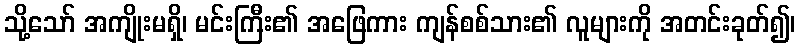
သို့သော် အကျိုးမရှိ၊ မင်းကြီး၏ အဖြေကား ကျန်စစ်သား၏ လူများကို အတင်းခုတ်၍၊